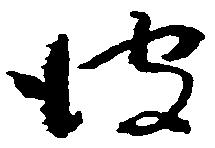
彼